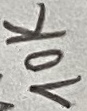
Text: 10K